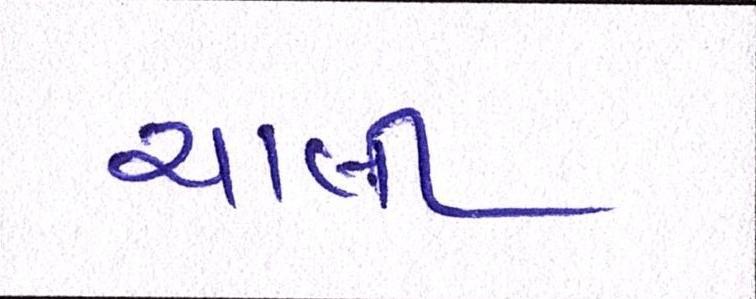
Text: ચાલી